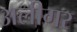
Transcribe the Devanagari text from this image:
अलीगर